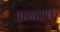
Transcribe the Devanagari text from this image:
आश्वयक